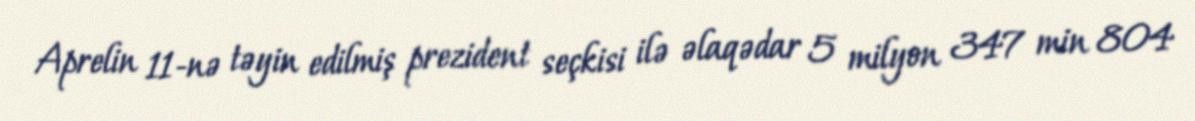
Aprelin 11-nə təyin edilmiş prezident seçkisi ilə əlaqədar 5 milyon 347 min 804